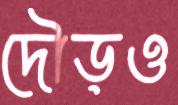
দৌড়ও